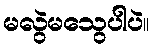
မလွဲမသွေပါပဲ။